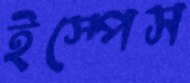
ইস্পেস